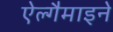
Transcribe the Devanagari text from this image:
ऐल्गैमाइने